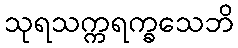
သုရသက္ကရက္ခသေဘိ